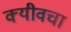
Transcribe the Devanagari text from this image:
क्यीवचा